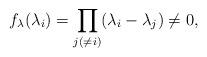
LaTeX: \begin{align*}f_{\lambda}(\lambda_i)=\prod_{j(\neq i)}(\lambda_i-\lambda_j)\neq0,\end{align*}